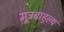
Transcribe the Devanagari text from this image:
मूत्रबाहुल्य